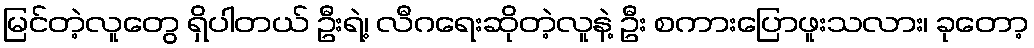
မြင်တဲ့လူတွေ ရှိပါတယ် ဦးရဲ့၊ လီဂရေးဆိုတဲ့လူနဲ့ ဦး စကားပြောဖူးသလား၊ ခုတော့